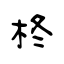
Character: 柊